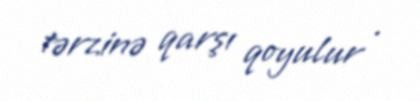
tərzinə qarşı qoyulur .